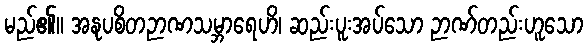
မည်၏။ အနုပစိတဉာဏသမ္ဘာရေဟိ၊ ဆည်းပူးအပ်သော ဉာဏ်တည်းဟူသော